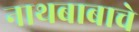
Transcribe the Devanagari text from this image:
नाथबाबाचे